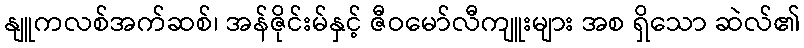
နျူကလစ်အက်ဆစ်၊ အန်ဇိုင်းမ်နှင့် ဇီဝမော်လီကျူးများ အစ ရှိသော ဆဲလ်၏